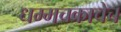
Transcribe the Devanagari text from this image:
धम्मचक्राचेच